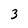
Character: 3